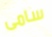
سامى